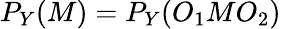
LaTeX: P_{Y}(M)=P_{Y}(O_{1}MO_{2})